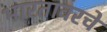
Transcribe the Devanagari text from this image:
भारतावरचे